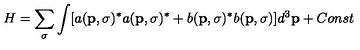
H = \sum _ { \sigma } \int [ a ( { \bf p } , \sigma ) ^ { * } a ( { \bf p } , \sigma ) ^ { * } + b ( { \bf p } , \sigma ) ^ { * } b ( { \bf p } , \sigma ) ] d ^ { 3 } { \bf p } + C o n s t